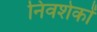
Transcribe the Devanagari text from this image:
निवशेकों